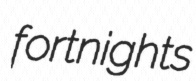
fortnights